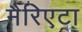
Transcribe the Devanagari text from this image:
मैरिएटा